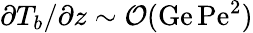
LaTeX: \partial T_{b}/\partial z\sim{\cal O}(\mathrm{Ge}\, \mathrm{Pe}^{2})